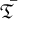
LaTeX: \bar { \mathfrak { T } }